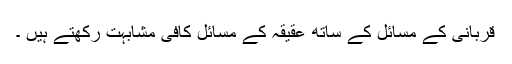
قربانی کے مسائل کے ساتھ عقیقہ کے مسائل کافی مشابہت رکھتے ہیں ۔